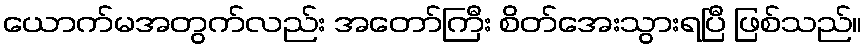
ယောက်မအတွက်လည်း အတော်ကြီး စိတ်အေးသွားရပြီ ဖြစ်သည်။